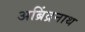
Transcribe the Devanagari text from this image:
अब्रिंद्रनाथ